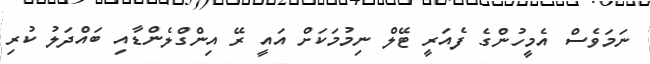
ނަމަވެސް އެމީހުންގެ ފެއަރީ ޓޭލް ނިމުމަކަށް އައީ ރޭ އިންގްލެންޑާއި ބައްދަލު ކުރި